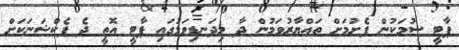
ޕާޓީ ސުމަކުން ފެށުމަށް ތައްޔާރުވަމުން ދާ މިދަނޑިވަޅުގައި ޕާޓީ އޮތީ ދެ ފެކްޝަނަކަށް